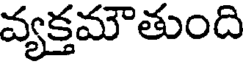
వ్యక్తమౌతుంది